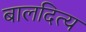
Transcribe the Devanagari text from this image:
बालदित्य